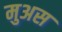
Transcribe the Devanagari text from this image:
मुअस